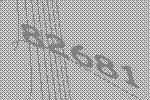
82681